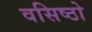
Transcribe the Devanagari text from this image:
वसिष्ठो